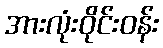
အားလုံးဝိုင်းဝန်း